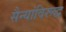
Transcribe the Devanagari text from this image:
सैन्यांविरूद्ध